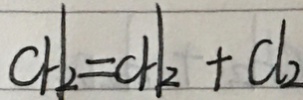
C H _ { 2 } = C H _ { 2 } + C l _ { 2 }